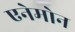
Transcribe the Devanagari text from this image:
एनेमोन